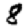
Digit: 8